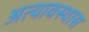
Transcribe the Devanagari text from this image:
अत्यावस्थास